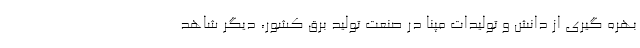
بهره گیری از دانش و تولیدات مپنا در صنعت تولید برق کشور، دیگر شاهد